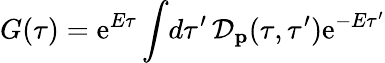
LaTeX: G(\tau)=\mathrm{e}^{E\tau}\int\! d\tau^{\prime}\, {\cal D}_{\mathbf p}(\tau,\tau^{\prime})\mathrm{e}^{-E\tau^{\prime}}